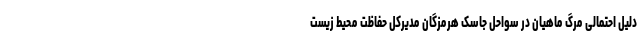
دلیل احتمالی مرگ ماهیان در سواحل جاسک هرمزگان مدیرکل حفاظت محیط زیست